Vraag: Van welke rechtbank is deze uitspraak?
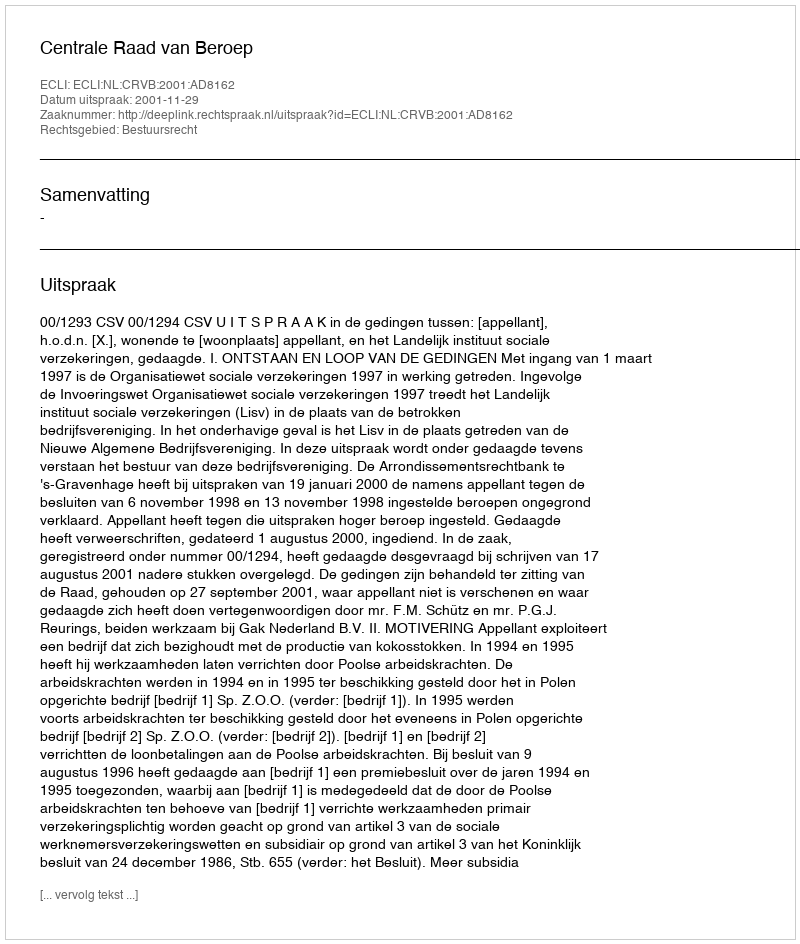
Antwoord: Centrale Raad van Beroep